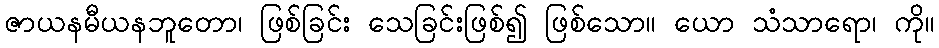
ဇာယနမီယနဘူတော၊ ဖြစ်ခြင်း သေခြင်းဖြစ်၍ ဖြစ်သော။ ယော သံသာရော၊ ကို။